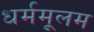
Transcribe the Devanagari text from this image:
धर्ममूलम